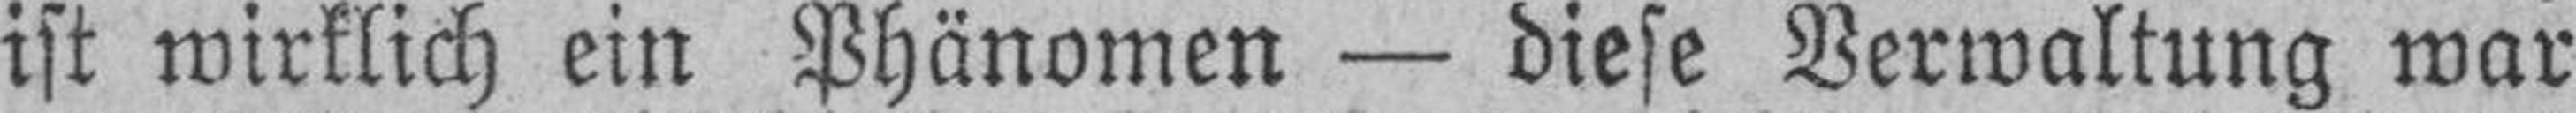
ist wirklich ein Phänomen — diese Verwaltung war